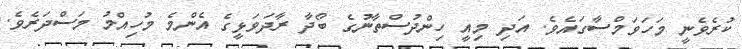
ކުރެވެނީ މަހަވަމްސާގައެވެ. އަދި މިއީ ހިންދުސްތާނުގެ ބޯދާ ރާދަވަޅީގެ އެންމެ މުހިއްމު މަސްދަރެވެ.